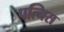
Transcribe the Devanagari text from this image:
पत्निस